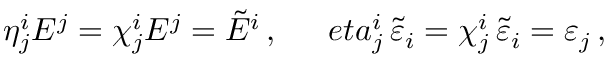
\eta _ { j } ^ { i } E ^ { j } = \chi _ { j } ^ { i } E ^ { j } = \tilde { E } ^ { i } \, , \ \ \ \ \, e t a _ { j } ^ { i } \, \tilde { \varepsilon } _ { i } = \chi _ { j } ^ { i } \, \tilde { \varepsilon } _ { i } = \varepsilon _ { j } \, ,